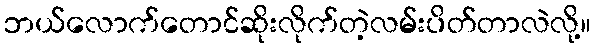
ဘယ်လောက်တောင်ဆိုးလိုက်တဲ့လမ်းပိတ်တာလဲလို့။